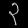
Digit: ၃